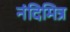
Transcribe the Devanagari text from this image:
नंदिमित्र